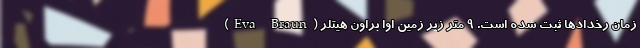
زمان رخدادها ثبت شده است. ۹ متر زیر زمین اِوا براون هیتلر (Eva Braun)